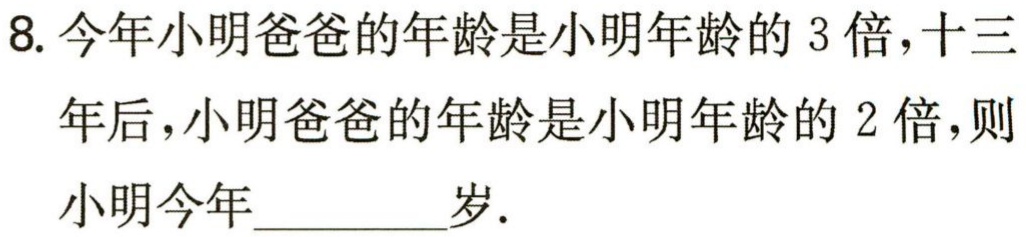
8. 今年小明爸爸的年龄是小明年龄的 3 倍，十三年后，小明爸爸的年龄是小明年龄的 2 倍，则小明今年__________岁.